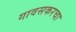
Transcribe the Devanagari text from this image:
गावसकरचा